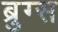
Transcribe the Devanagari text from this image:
ब्रुग्स